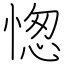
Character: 愡